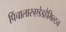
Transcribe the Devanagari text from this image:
पिंचालारुएडेडहैमिल्टन